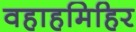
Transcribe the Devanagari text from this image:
वहाहमिहिर